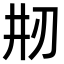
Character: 𠛝